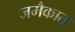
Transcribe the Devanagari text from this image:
जमैकात